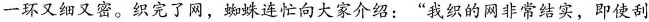
一环又细又密。织完了网，蜘蛛连忙向大家介绍：”我织的网非常结实，即使刮